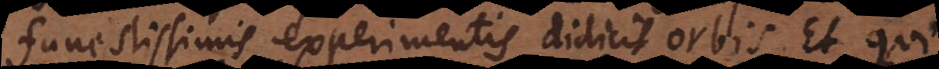
funestissimis experimentis didicit orbis. Et qui